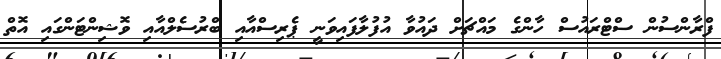
ފްރާންސުން ސްޓްރައުސް ހާންގެ މައްޗަށް ދައުވާ އުފުލާފައިވަނީ ޕެރިސްއާއި ބްރުސެލްއާއި ވޮޝިންޓަންގައި އޮތް